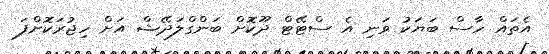
އެތައް ހާސް ބަޔަކު ވަނި އެ ސްޓޭޓް ދޫކޮށް ބަންގްލަދޭޝް އަށް ހިޖުރަކޮށްފަ